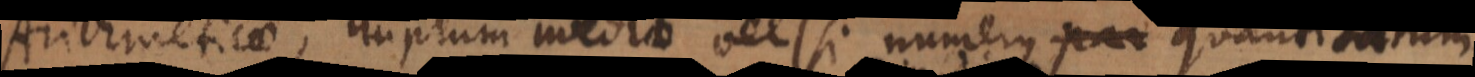
Arithmeticae, duplum mediae vel (si numerus quantitatum